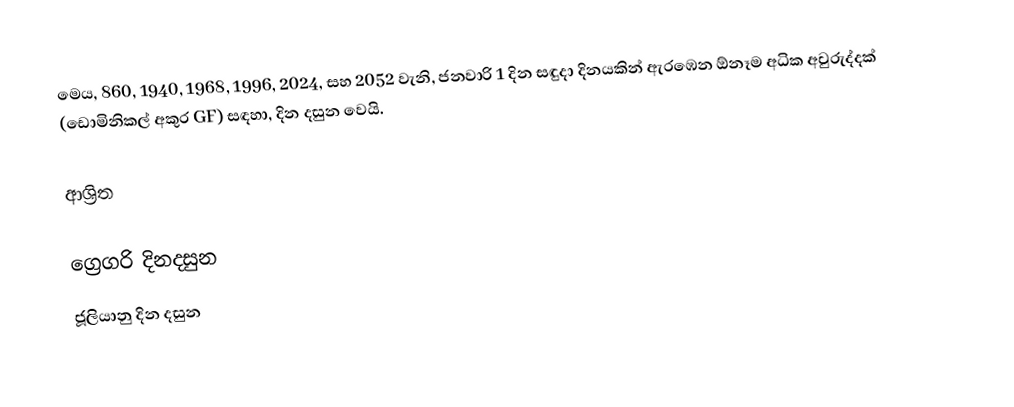
මෙය, 860, 1940, 1968, 1996, 2024, සහ 2052 වැනි, ජනවාරි 1 දින සඳුදා දිනයකින් ඇරඹෙන ඕනෑම  අධික අවුරුද්දක්  (ඩොමිනිකල් අකුර GF) සඳහා,  දින දසුන වෙයි.

ආශ්‍රිත

ග්‍රෙගරි දිනදසුන
ජූලියානු දින දසුන